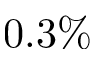
0 . 3 \%